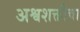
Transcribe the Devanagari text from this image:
अश्वशक्तीचा